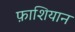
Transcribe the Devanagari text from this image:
फ़ाशियान